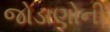
જોડાણોની